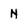
Character: N